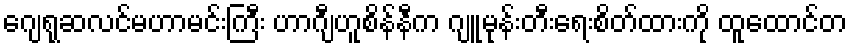
ဂျေရုဆလင်မဟာမင်းကြီး ဟာဂျီဟူစိန်နီက ဂျူမုန်းတီးရေးစိတ်ထားကို ထူထောင်တ